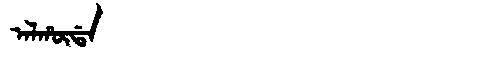
Manchu: ᠠᠯᡥᡡᡩᠠ
Romanization: ALHŪDA